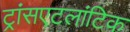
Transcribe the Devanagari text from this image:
ट्रांसएटलांटिक